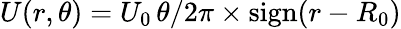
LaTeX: U(r,\theta)=U_{0}\, \theta/2\pi\times\mathrm{sign}(r-R_{0})